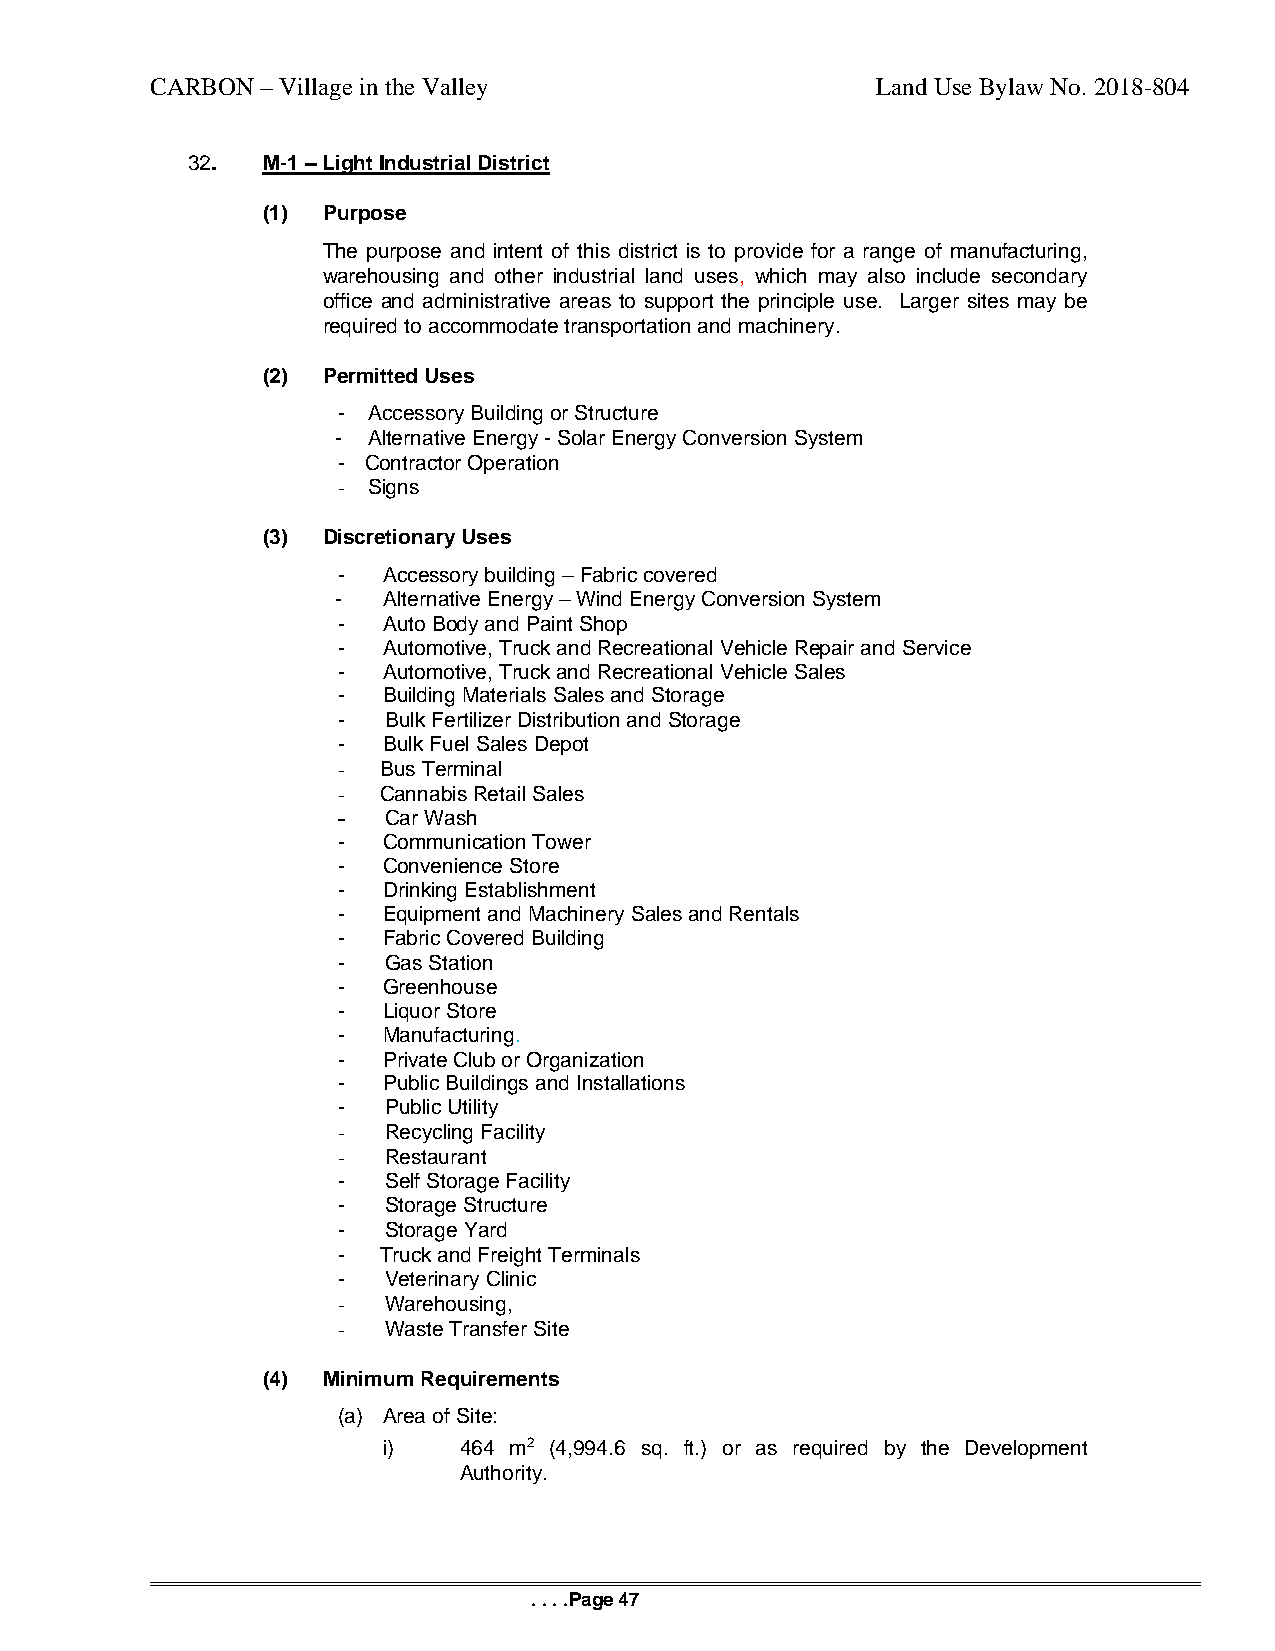
CARBON – Village in the Valley                  Land Use Bylaw No. 2018-804
 32.  M-1 – Light Industrial District
 (1) Purpose
 The purpose and intent of this district is to provide for a range of manufacturing,
 warehousing and other industrial land uses, which may also include secondary
 office and administrative areas to support the principle use. Larger sites may be
 required to accommodate transportation and machinery.
 (2) Permitted Uses
 - Accessory Building or Structure
 - Alternative Energy - Solar Energy Conversion System
 - Contractor Operation
 - Signs
 (3) Discretionary Uses
 -  Accessory building – Fabric covered
 -  Alternative Energy – Wind Energy Conversion System
 -  Auto Body and Paint Shop
 -  Automotive, Truck and Recreational Vehicle Repair and Service
 -  Automotive, Truck and Recreational Vehicle Sales
 -  Building Materials Sales and Storage
 -  Bulk Fertilizer Distribution and Storage
 -  Bulk Fuel Sales Depot
 -  Bus Terminal
 -  Cannabis Retail Sales
 -  Car Wash
 -  Communication Tower
 -  Convenience Store
 -  Drinking Establishment
 -  Equipment and Machinery Sales and Rentals
 -  Fabric Covered Building
 -  Gas Station
 -  Greenhouse
 -  Liquor Store
 -  Manufacturing.
 -  Private Club or Organization
 -  Public Buildings and Installations
 -  Public Utility
 -  Recycling Facility
 -  Restaurant
 -  Self Storage Facility
 -  Storage Structure
 -  Storage Yard
 -  Truck and Freight Terminals
 -  Veterinary Clinic
 -  Warehousing,
 -  Waste Transfer Site
 (4) Minimum Requirements
 (a) Area of Site:
 i)   464 m2 (4,994.6 sq. ft.) or as required by the Development
 Authority.
 . . . .Page 47